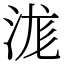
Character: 浝